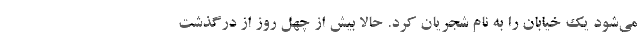
می‌شود یک خیابان را به نام شجریان کرد. حالا بیش از چهل روز از درگذشت